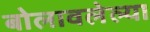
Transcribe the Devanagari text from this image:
बोलावलेल्या